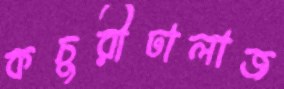
কচুরীঢালাজ